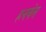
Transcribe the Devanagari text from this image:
हनवंत